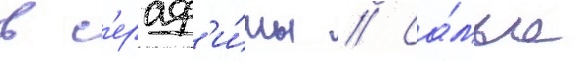
в с'ераф'и́мы // Са́мые